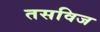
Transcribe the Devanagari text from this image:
तसविज